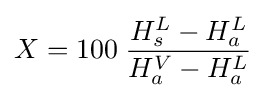
X=100\;{\frac {H_{s}^{L}-H_{a}^{L}}{H_{a}^{V}-H_{a}^{L}}}